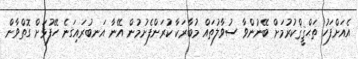
އެއަށްފަހު ތަޙްޤީޤްކުރުމަށް ބޭނުންވާ ސުވާލުތައް މުބާރަކާ ކުރަންފެށުމުން އޭނާ އަނބުރައިގަނެ ހޭފުޅަށް ގޮތްވާން